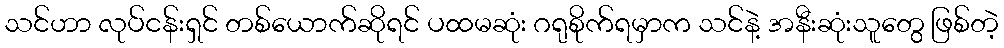
သင်ဟာ လုပ်ငန်းရှင် တစ်ယောက်ဆိုရင် ပထမဆုံး ဂရုစိုက်ရမှာက သင်နဲ့ အနီးဆုံးသူတွေ ဖြစ်တဲ့